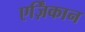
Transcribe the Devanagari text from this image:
एर्ज़िंकान